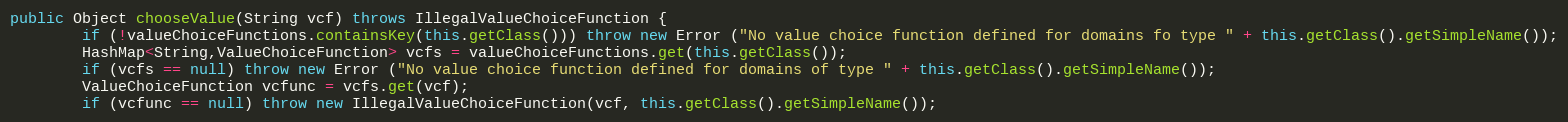
Language: Java
public Object chooseValue(String vcf) throws IllegalValueChoiceFunction {
		if (!valueChoiceFunctions.containsKey(this.getClass())) throw new Error ("No value choice function defined for domains fo type " + this.getClass().getSimpleName());
		HashMap<String,ValueChoiceFunction> vcfs = valueChoiceFunctions.get(this.getClass());
		if (vcfs == null) throw new Error ("No value choice function defined for domains of type " + this.getClass().getSimpleName());
		ValueChoiceFunction vcfunc = vcfs.get(vcf);
		if (vcfunc == null) throw new IllegalValueChoiceFunction(vcf, this.getClass().getSimpleName());